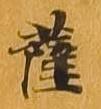
薩